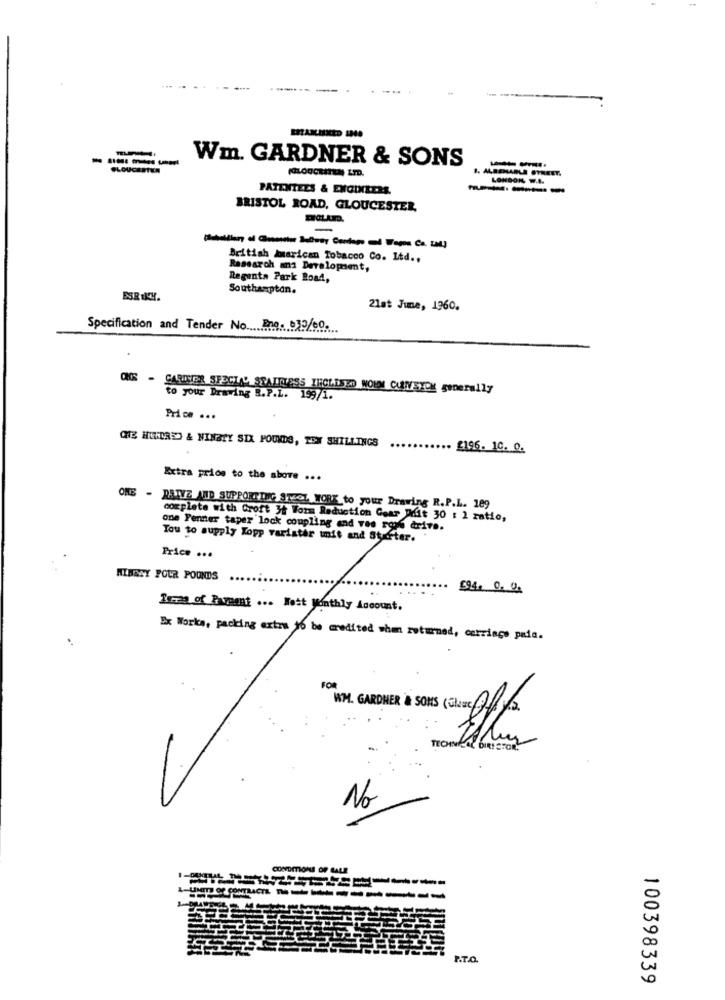
--.. .
----
Wm. GARDNER & SONS
--
PLOUCEFTER
B. ALBEMARLE STREET.
LONDON W.I.
PATENTELS & ENGINEERS.
BRISTOL ROAD, GLOUCESTER,
-
British American Tobacco Co. Ltd .,
Research and Development,
Regents Park Road,
Southampton.
21at June, 1960.
Specification and Tender No ...... ne .... 29/60 ....
ONS - CARDSIER SPECIAL SSAITLESS INCLUSO NOLO CUMSICH generally
to your Drawing B.P.L. 199/1.
Price ...
CHE HEDRES & NINBEY SIX POUNDS, TEX SHILLINGS
. £196. 10. 0.
Extra price to the above ...
ONE - DETVE AND SUPPORTING STEOL WORK to your Drawing R.P.L. 109
complete with Croft It Worm Reduction Coar Mit 30 : 1 ratio,
one Penner taper lock coupling and ves rose drive.
You to supply Kopp varistar unit and Starter. .
Price ...
MIBALY FOUR POUNDS
594. 0. 00
Rezas of Raveent ... Wett Monthly Account.
Ex Works, packing extra to be credited wham returned, carriage paid.
FOR
HM. GARDNER & SONS (Close 1/2
TECH
No
CONDITIONS OF LALE
---------
100398339